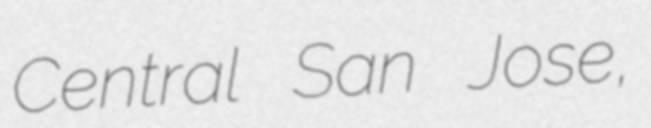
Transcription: Central San Jose,